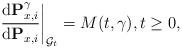
LaTeX: \begin{align*} \left.\frac{{\rm d}\mathbf{P}^\gamma_{x,i}}{{\rm d}\mathbf{P}_{x,i}}\right|_{\mathcal{G}_t} = M(t,\gamma),t\geq 0, \end{align*}